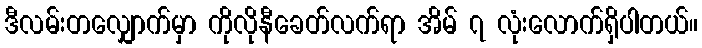
ဒီလမ်းတလျှောက်မှာ ကိုလိုနီခေတ်လက်ရာ အိမ် ၇ လုံးလောက်ရှိပါတယ်။